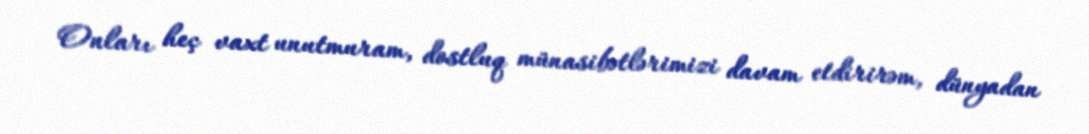
Onları heç vaxt unutmuram, dostluq münasibətlərimizi davam etdirirəm, dünyadan